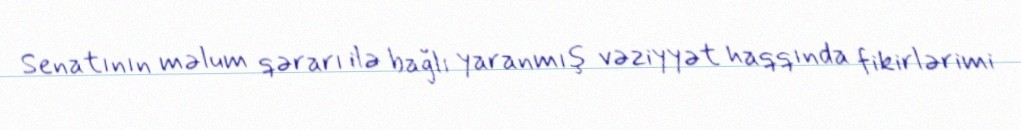
Senatının məlum qərarı ilə bağlı yaranmış vəziyyət haqqında fikirlərimi